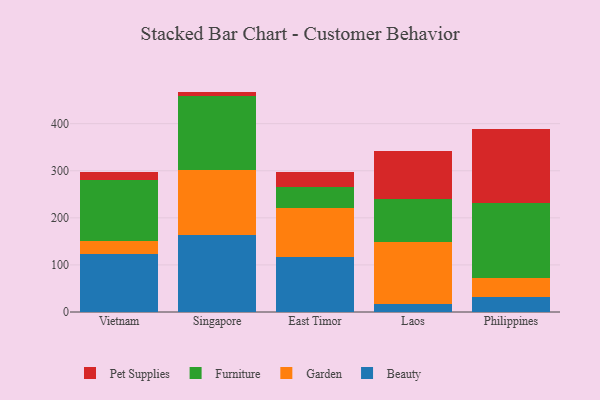
{"axis": {"x": "Country", "y": "Tickets Resolved"}, "legend": ["Beauty", "Furniture", "Garden", "Pet Supplies"], "data": [{"x": "Vietnam", "y": 122.3, "type": "Beauty"}, {"x": "Vietnam", "y": 28.0, "type": "Garden"}, {"x": "Vietnam", "y": 129.4, "type": "Furniture"}, {"x": "Vietnam", "y": 16.8, "type": "Pet Supplies"}, {"x": "Singapore", "y": 163.2, "type": "Beauty"}, {"x": "Singapore", "y": 137.6, "type": "Garden"}, {"x": "Singapore", "y": 158.9, "type": "Furniture"}, {"x": "Singapore", "y": 8.4, "type": "Pet Supplies"}, {"x": "East Timor", "y": 116.9, "type": "Beauty"}, {"x": "East Timor", "y": 103.9, "type": "Garden"}, {"x": "East Timor", "y": 44.1, "type": "Furniture"}, {"x": "East Timor", "y": 31.6, "type": "Pet Supplies"}, {"x": "Laos", "y": 17.9, "type": "Beauty"}, {"x": "Laos", "y": 130.7, "type": "Garden"}, {"x": "Laos", "y": 91.7, "type": "Furniture"}, {"x": "Laos", "y": 102.7, "type": "Pet Supplies"}, {"x": "Philippines", "y": 31.8, "type": "Beauty"}, {"x": "Philippines", "y": 40.7, "type": "Garden"}, {"x": "Philippines", "y": 158.8, "type": "Furniture"}, {"x": "Philippines", "y": 156.4, "type": "Pet Supplies"}]}